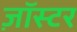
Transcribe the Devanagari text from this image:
ज़ॉस्टर